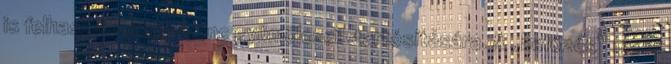
is felhasználták kedvenc gyümölcseik tartósítására. A „befőzés” ma is